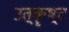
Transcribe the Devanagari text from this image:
उत्कॄष्ट